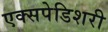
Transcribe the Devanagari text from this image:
एक्सपेडिशरी